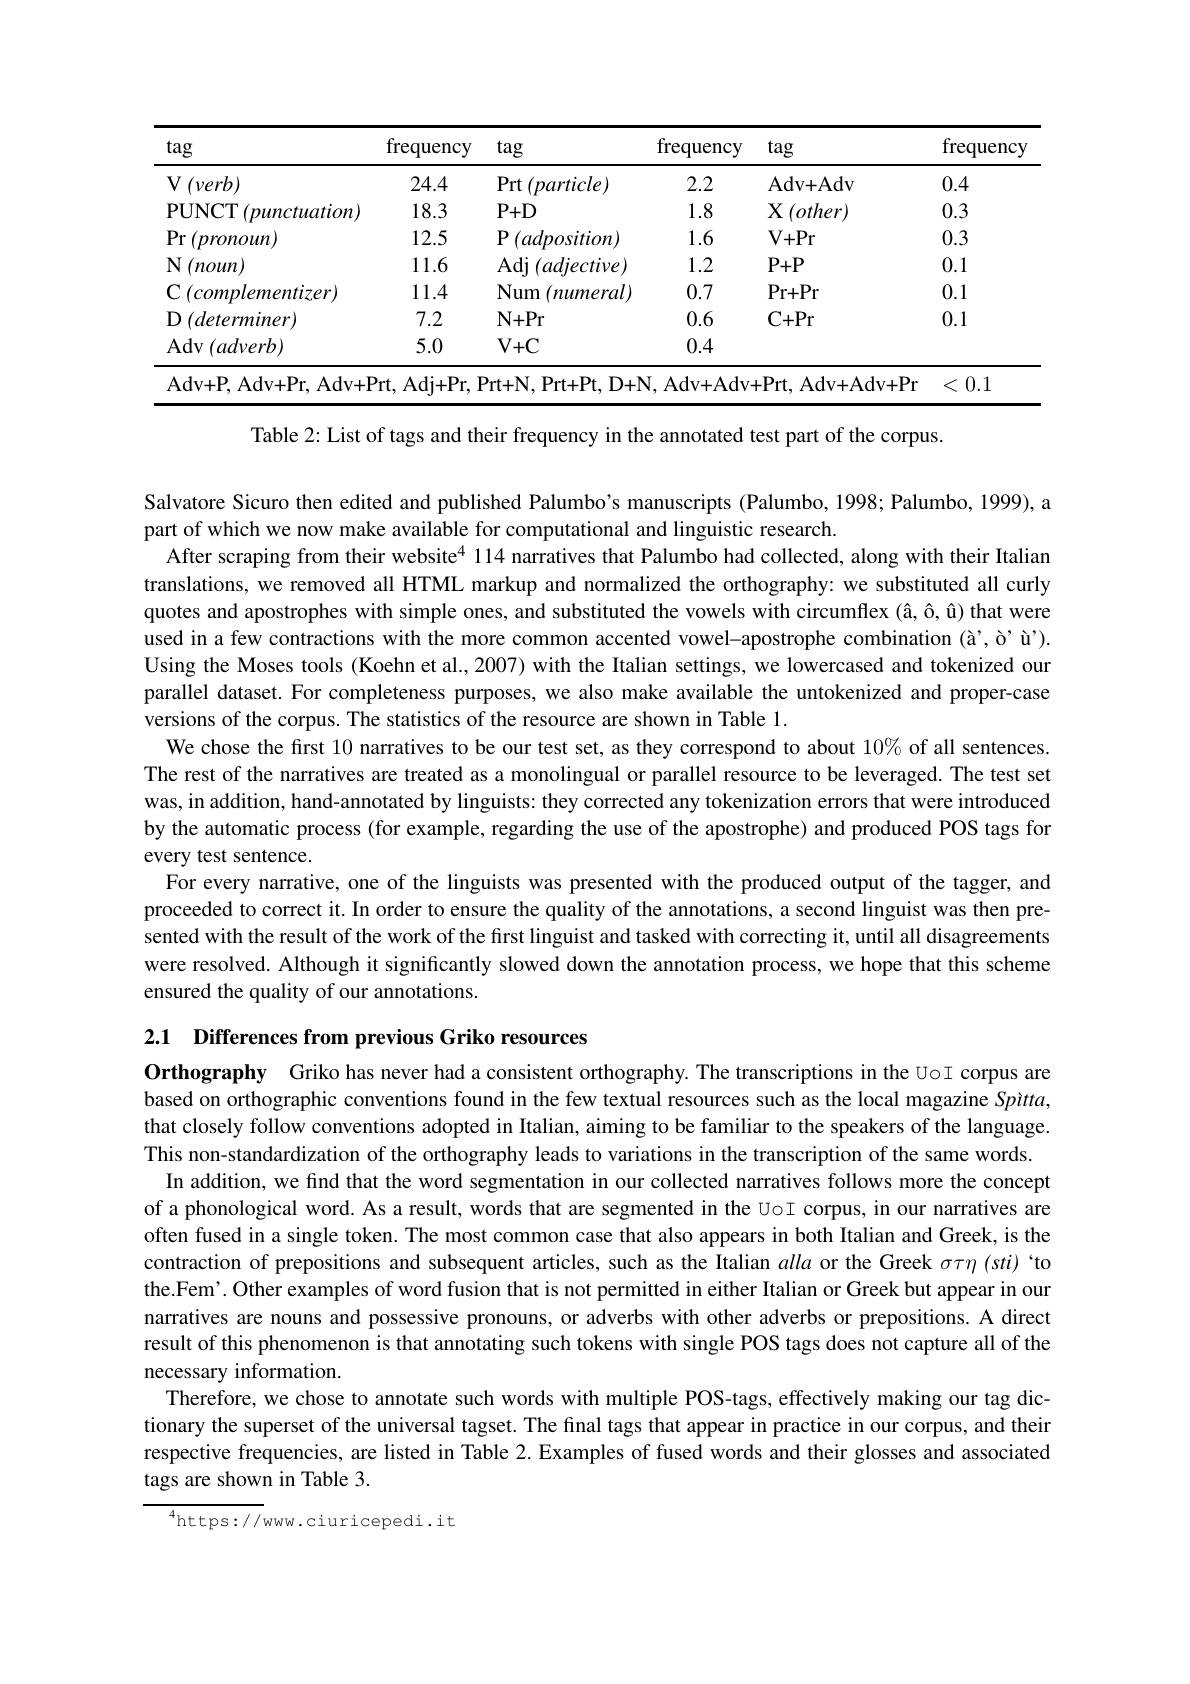
<table>
	<tbody>
		<tr>
			<th>tag</th>
			<th>frequency</th>
			<th>tag</th>
			<th>frequency</th>
			<th>tag</th>
			<th>frequency</th>
		</tr>
		<tr>
			<td>$\mathbf{V}\left(\nu erb\right)$</td>
			<td>24.4</td>
			<td>$\operatorname{Prt}\left(particle\right)$</td>
			<td>2.2</td>
			<td>Adv+ Adv</td>
			<td>0.4</td>
		</tr>
		<tr>
			<td>PUNCT$\left ( punctuation\right )$</td>
			<td>18.3</td>
			<td>$P+D$</td>
			<td>1.8</td>
			<td>${\mathrm{X}}\left(other\right)$</td>
			<td>0.3</td>
		</tr>
		<tr>
			<td>$\Pr\left(pronoun\right)$</td>
			<td>12.5</td>
			<td>$P$ $(adposition)$</td>
			<td>1.6</td>
			<td>$V+Pr$</td>
			<td>0.3</td>
		</tr>
		<tr>
			<td>N $(noun)$ 1</td>
			<td>11.6</td>
			<td>Adj $(adjective)$</td>
			<td>1.2</td>
			<td>$P+P$</td>
			<td>0.1</td>
		</tr>
		<tr>
			<td>${\mathrm{C}}\left(complementizer\right)$</td>
			<td>11.4</td>
			<td>Num $(numeral)$</td>
			<td>0.7</td>
			<td>$Pr+Pr$</td>
			<td>0.1</td>
		</tr>
		<tr>
			<td>D $(determiner)$ 1</td>
			<td>7.2</td>
			<td>$N+Pr$</td>
			<td>0.6</td>
			<td>$C+Pr$</td>
			<td>0.1</td>
		</tr>
		<tr>
			<td>$\operatorname{Adv}(adverb)$</td>
			<td>5.0</td>
			<td>$V+C$</td>
			<td>0.4</td>
			<td> </td>
			<td> </td>
		</tr>
	</tbody>
</table>

Table 2: List of tags and their frequency in the annotated test part of the corpus.

Salvatore Sicuro then edited and published Palumbo's manuscripts (Palumbo, 1998; Palumbo, 1999), a
part of which we now make available for computational and linguistic research.
After scraping from their website$^{4}$ 114 narratives that Palumbo had collected, along with their Italian translations, we removed all HTML markup and normalized the orthography: we substituted all curly quotes and apostrophes with simple ones, and substituted the vowels with circumflex (â, ô, û) that were used in a few contractions with the more common accented vowel-apostrophe combination (å',ò’ù'). Using the Moses tools (Koehn et al., 2007) with the Italian settings, we lowercased and tokenized our parallel dataset. For completeness purposes, we also make available the untokenized and proper-case versions of the corpus. The statistics of the resource are shown in Table 1.
We chose the first 10 narratives to be our test set, as they correspond to about $10\%$ of all sentences The rest of the narratives are treated as a monolingual or parallel resource to be leveraged. The test set was, in addition, hand-annotated by linguists: they corrected any tokenization errors that were introduced by the automatic process (for example, regarding the use of the apostrophe) and produced POS tags for every test sentence.
For every narrative, one of the linguists was presented with the produced output of the tagger, and proceeded to correct it. In order to ensure the quality of the annotations, a second linguist was then presented with the result of the work of the first linguist and tasked with correcting it, until all disagreements were resolved. Although it significantly slowed down the annotation process, we hope that this scheme ensured the quality of our annotations.

2.1 $\textbf{Differences from previous Griko resources}$

Orthography Griko has never had a consistent orthography. The transcriptions in the UoI corpus are based on orthographic conventions found in the few textual resources such as the local magazine Spitta, that closely follow conventions adopted in Italian, aiming to be familiar to the speakers of the language. This non-standardization of the orthography leads to variations in the transcription of the same words
In addition, we find that the word segmentation in our collected narratives follows more the concept of a phonological word. As a result, words that are segmented in the UoI corpus, in our narratives are often fused in a single token. The most common case that also appears in both Italian and Greek, is the contraction of prepositions and subsequent articles, such as the Italian alla or the Greek $\sigma\tau\eta(sti)$ “to the.Fem'. Other examples of word fusion that is not permitted in either Italian or Greek but appear in our narratives are nouns and possessive pronouns, or adverbs with other adverbs or prepositions. A direct result of this phenomenon is that annotating such tokens with single POS tags does not capture all of the necessary information.
Therefore, we chose to annotate such words with multiple POS-tags, effectively making our tag dictionary the superset of the universal tagset. The final tags that appear in practice in our corpus, and their respective frequencies, are listed in Table 2. Examples of fused words and their glosses and associated tags are shown in Table 3.

$^{4}$https://www.ciuricepedi.it